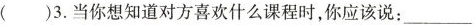
( )3.当你想知道对方喜欢什么课程时，你应该说：___